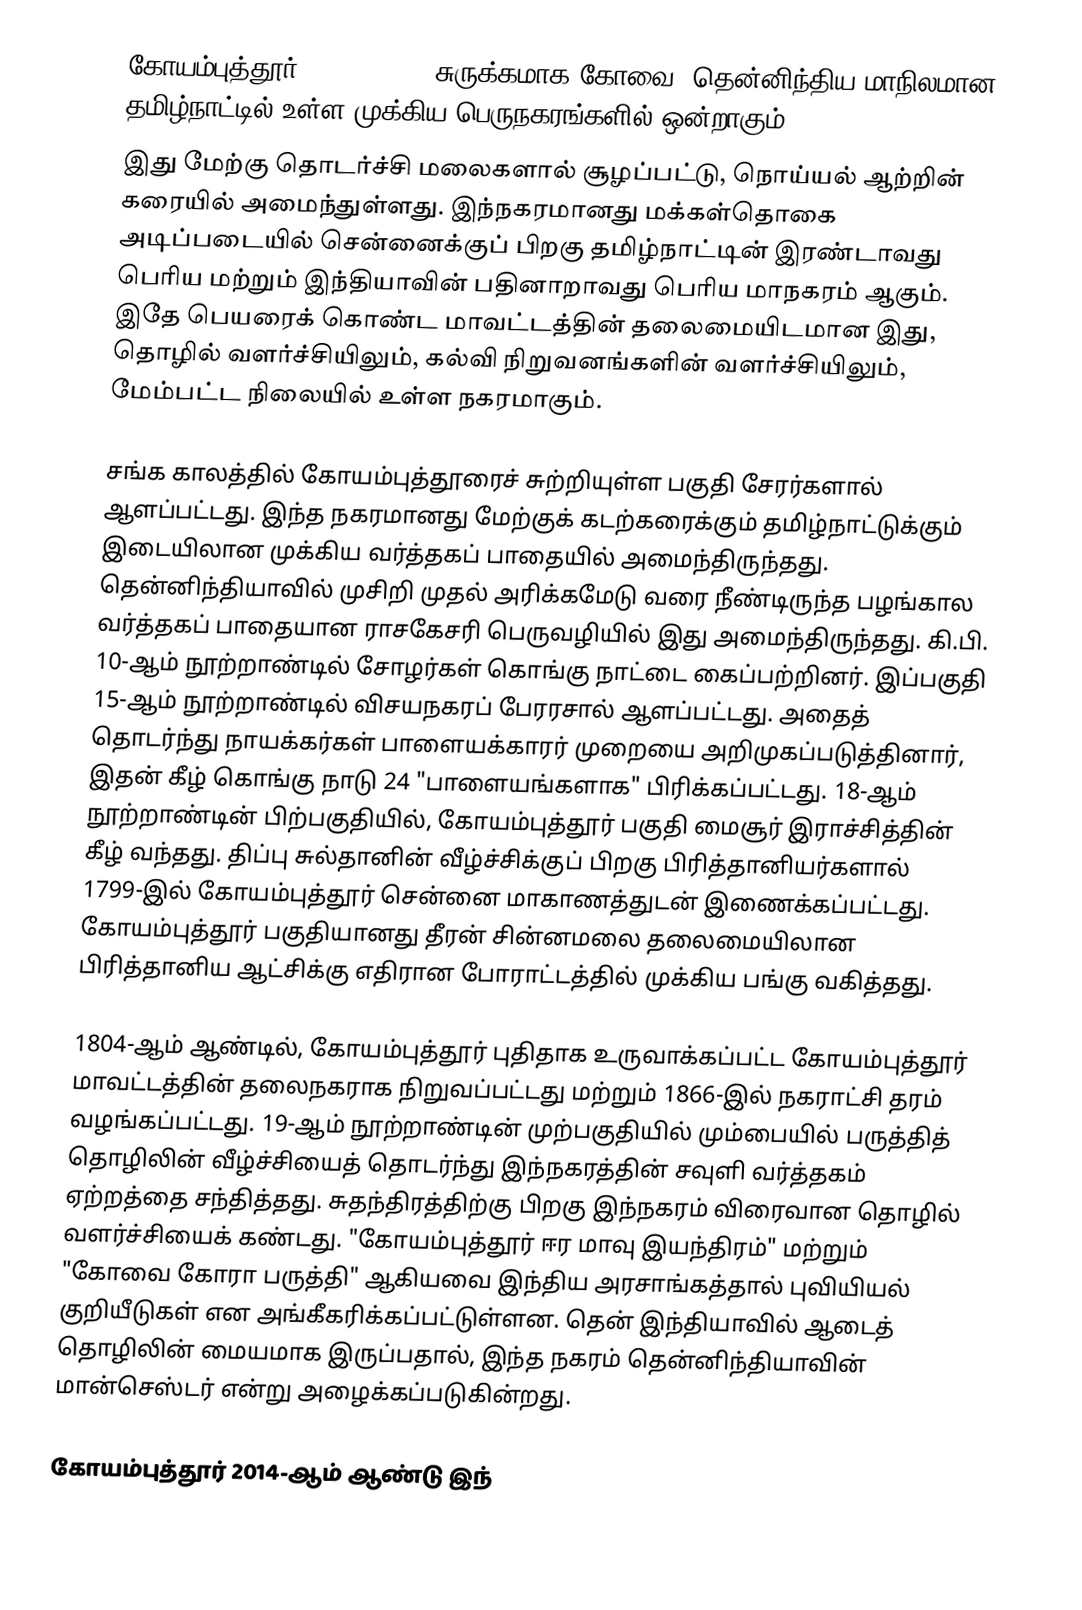
கோயம்புத்தூர் (Coimbatore, சுருக்கமாக கோவை) தென்னிந்திய மாநிலமான தமிழ்நாட்டில் உள்ள முக்கிய பெருநகரங்களில் ஒன்றாகும்.
இது மேற்கு தொடர்ச்சி மலைகளால் சூழப்பட்டு, நொய்யல் ஆற்றின் கரையில் அமைந்துள்ளது. இந்நகரமானது மக்கள்தொகை அடிப்படையில் சென்னைக்குப் பிறகு தமிழ்நாட்டின் இரண்டாவது பெரிய மற்றும் இந்தியாவின் பதினாறாவது பெரிய மாநகரம் ஆகும். இதே பெயரைக் கொண்ட மாவட்டத்தின் தலைமையிடமான இது, தொழில் வளர்ச்சியிலும், கல்வி நிறுவனங்களின் வளர்ச்சியிலும், மேம்பட்ட நிலையில் உள்ள நகரமாகும்.

சங்க காலத்தில் கோயம்புத்தூரைச் சுற்றியுள்ள பகுதி சேரர்களால் ஆளப்பட்டது. இந்த நகரமானது மேற்குக் கடற்கரைக்கும் தமிழ்நாட்டுக்கும் இடையிலான முக்கிய வர்த்தகப் பாதையில் அமைந்திருந்தது. தென்னிந்தியாவில் முசிறி முதல் அரிக்கமேடு வரை நீண்டிருந்த பழங்கால வர்த்தகப் பாதையான ராசகேசரி பெருவழியில் இது அமைந்திருந்தது. கி.பி. 10-ஆம் நூற்றாண்டில் சோழர்கள் கொங்கு நாட்டை கைப்பற்றினர். இப்பகுதி 15-ஆம் நூற்றாண்டில் விசயநகரப் பேரரசால் ஆளப்பட்டது. அதைத் தொடர்ந்து நாயக்கர்கள் பாளையக்காரர் முறையை அறிமுகப்படுத்தினார், இதன் கீழ் கொங்கு நாடு 24 "பாளையங்களாக" பிரிக்கப்பட்டது. 18-ஆம் நூற்றாண்டின் பிற்பகுதியில், கோயம்புத்தூர் பகுதி மைசூர் இராச்சித்தின் கீழ் வந்தது. திப்பு சுல்தானின் வீழ்ச்சிக்குப் பிறகு பிரித்தானியர்களால் 1799-இல் கோயம்புத்தூர் சென்னை மாகாணத்துடன் இணைக்கப்பட்டது. கோயம்புத்தூர் பகுதியானது தீரன் சின்னமலை தலைமையிலான பிரித்தானிய ஆட்சிக்கு எதிரான போராட்டத்தில் முக்கிய பங்கு வகித்தது.

1804-ஆம் ஆண்டில், கோயம்புத்தூர் புதிதாக உருவாக்கப்பட்ட கோயம்புத்தூர் மாவட்டத்தின் தலைநகராக நிறுவப்பட்டது மற்றும் 1866-இல் நகராட்சி தரம் வழங்கப்பட்டது. 19-ஆம் நூற்றாண்டின் முற்பகுதியில் மும்பையில் பருத்தித் தொழிலின் வீழ்ச்சியைத் தொடர்ந்து இந்நகரத்தின் சவுளி வர்த்தகம் ஏற்றத்தை சந்தித்தது. சுதந்திரத்திற்கு பிறகு இந்நகரம் விரைவான தொழில் வளர்ச்சியைக் கண்டது. "கோயம்புத்தூர் ஈர மாவு இயந்திரம்" மற்றும் "கோவை கோரா பருத்தி" ஆகியவை இந்திய அரசாங்கத்தால் புவியியல் குறியீடுகள் என அங்கீகரிக்கப்பட்டுள்ளன. தென் இந்தியாவில் ஆடைத் தொழிலின் மையமாக இருப்பதால், இந்த நகரம் தென்னிந்தியாவின் மான்செஸ்டர் என்று அழைக்கப்படுகின்றது.

கோயம்புத்தூர் 2014-ஆம் ஆண்டு இந்